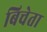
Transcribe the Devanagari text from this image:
बिचेता